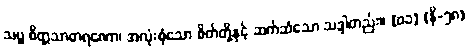
သဗ္ဗ စိတ္တသာဓာရဏော၊ အလုံးစုံသော စိတ်တို့နှင့် ဆက်ဆံသော သဒ္ဒါတည်း။ [၀၁] (နိ-၅၈)